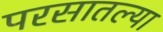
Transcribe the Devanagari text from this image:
परसातल्या